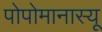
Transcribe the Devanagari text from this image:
पोपोमानास्यू